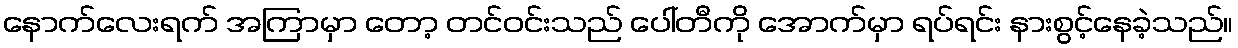
နောက်လေးရက် အကြာမှာ တော့ တင်ဝင်းသည် ပေါ်တီကို အောက်မှာ ရပ်ရင်း နားစွင့်နေခဲ့သည်။